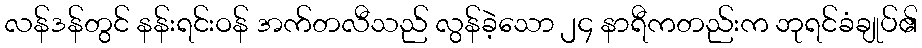
လန်ဒန်တွင် နန်းရင်းဝန် အက်တလီသည် လွန်ခဲ့သော ၂၄ နာရီကတည်းက ဘုရင်ခံချုပ်၏